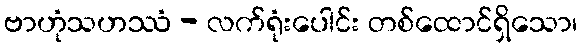
ဗာဟုံသဟဿံ - လက်ရုံးပေါင်း တစ်ထောင်ရှိသော၊